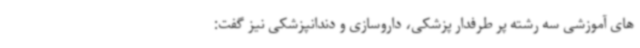
های آموزشی سه رشته پر طرفدار پزشکی، داروسازی و دندانپزشکی نیز گفت: